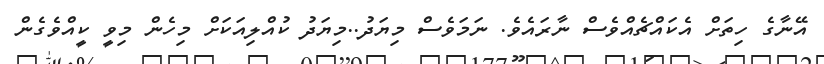
އޭނާގެ ހިތަށް އެކައްޗެއްވެސް ނާރައެވެ. ނަމަވެސް މިޔަދު..މިޔަދު ކުއްލިއަކަށް މިހެން މިވީ ކީއްވެގެން